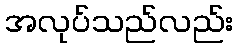
အလုပ်သည်လည်း